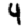
Digit: 4